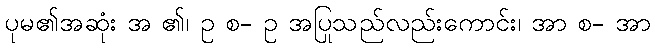
ပုမ၏အဆုံး အ ၏၊ ဥ စ- ဥ အပြုသည်လည်းကောင်း၊ အာ စ- အာ